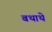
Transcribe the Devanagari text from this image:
बथाथे